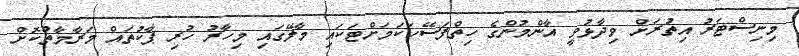
މިނިސްޓަރު އިތުރަށް ވިދާޅުވީ އާންމުންގެ ހިތްފަސޭހަކަމަށްޓަކައި މާލޭގައި މިހާރު ހުރި ޕާކުތައް މަރާމާތުކޮށް